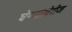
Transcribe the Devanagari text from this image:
घेण्याखेरीज